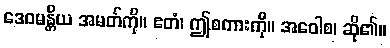
ဒေဝမန္တိယ အမတ်ကို။ ဧတံ၊ ဤစကားကို။ အဝေါစ၊ ဆို၏။